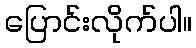
ပြောင်းလိုက်ပါ။